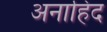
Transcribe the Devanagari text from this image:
अनाहिद